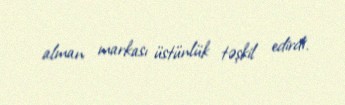
alman markası üstünlük təşkil edirdi.